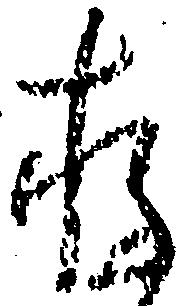
存